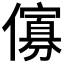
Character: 𠏶